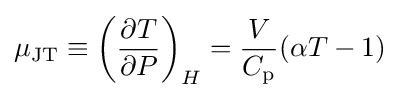
\mu _{\mathrm {JT} }\equiv \left({\frac {\partial T}{\partial P}}\right)_{H}={\frac {V}{C_{\mathrm {p} }}}(\alpha T-1)